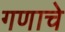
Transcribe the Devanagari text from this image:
गणाचे